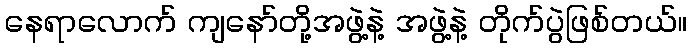
နေရာလောက် ကျနော်တို့အဖွဲ့နဲ့ အဖွဲ့နဲ့ တိုက်ပွဲဖြစ်တယ်။